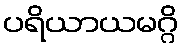
ပရိယာယမဂ္ဂိ